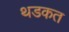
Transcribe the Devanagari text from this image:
थडकत